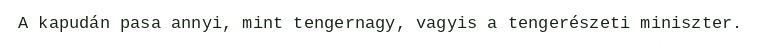
A kapudán pasa annyi, mint tengernagy, vagyis a tengerészeti miniszter.